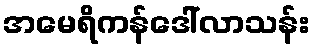
အမေရိကန်ဒေါ်လာသန်း